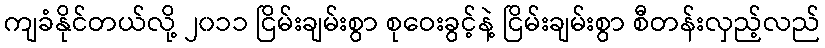
ကျခံနိုင်တယ်လို့ ၂၀၁၁ ငြိမ်းချမ်းစွာ စုဝေးခွင့်နဲ့ ငြိမ်းချမ်းစွာ စီတန်းလှည့်လည်